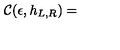
{ \cal C } ( \epsilon , h _ { L , R } ) =